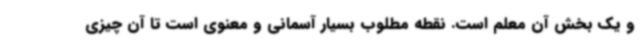
و یک بخش آن معلم است. نقطه مطلوب بسیار آسمانی و معنوی است تا آن چیزی